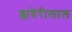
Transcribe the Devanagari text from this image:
झवेरीलाल